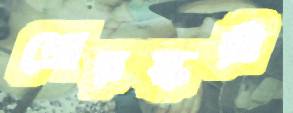
শ্রেয়স্করী